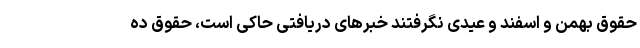
حقوق بهمن و اسفند و عیدی نگرفتند خبرهای دریافتی حاکی است، حقوق ده